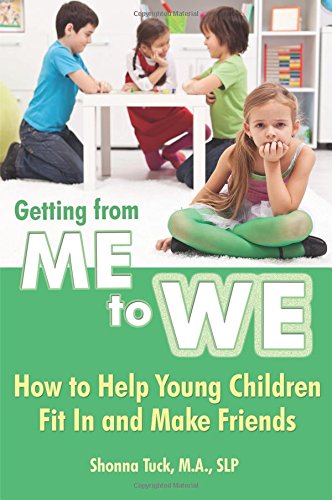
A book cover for Getting from Me to We: How to Help Young Children Fit in and Make Friends; Shonna Tuck; Self-Help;